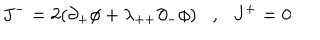
J ^ { - } = 2 ( \partial _ { + } \phi + \lambda _ { + + } \partial _ { - } \phi ) \mathrm { , } J ^ { + } = 0